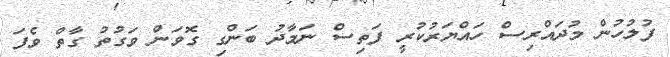
ފުލުހުން މުދައްރިސް ހައްޔަރުކުރީ ފަތިސް ނަމާދު ބަންގި ގޮވަން ވަގުތު ގާތް ވެފަ